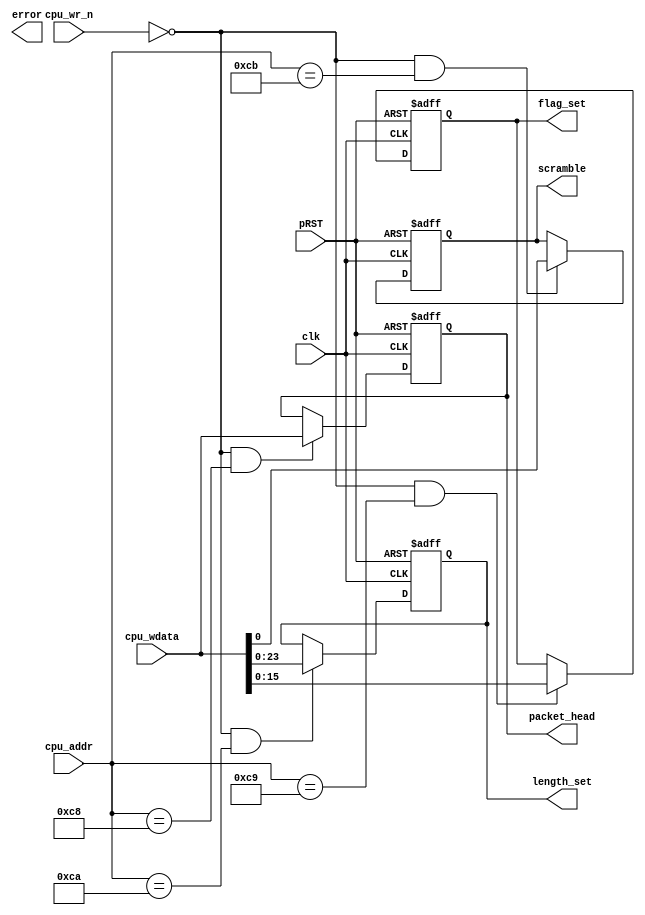
module load_write(
	input clk,
	input pRST,
	input cpu_wr_n,
	input [8:0] cpu_addr,
	input [31:0] cpu_wdata,
/*****************************/	
	output reg [31:0] packet_head,
	output reg [15:0] flag_set,
	output reg [23:0] length_set,
	output reg scramble,
/*************************************/		
	output reg error
	);

//******************************************************************************************************************************************************************//	
always @(posedge clk or posedge pRST)
if(pRST)
	packet_head<=0;
else
	if((cpu_wr_n==0) && (cpu_addr==200))
		packet_head<=cpu_wdata;	
		
always @(posedge clk or posedge pRST)
if(pRST)
	flag_set<=0;
else
	if((cpu_wr_n==0) && (cpu_addr==201))
		flag_set<=cpu_wdata[15:0];
		
always @(posedge clk or posedge pRST)
if(pRST)
	length_set<=0;
else
	if((cpu_wr_n==0) && (cpu_addr==202))
		length_set<=cpu_wdata[23:0];
		
always @(posedge clk or posedge pRST)
if(pRST)
	scramble<=0;
else
	if((cpu_wr_n==0) && (cpu_addr==203))
		scramble<=cpu_wdata[0];
		
endmodule